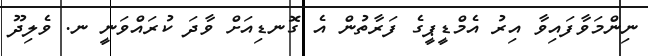
ނިންމަވާފައިވާ އިރު އެމްޑީޕީގެ ފަރާތުން އެ ގޮނޑިއަށް ވާދަ ކުރައްވަނީ ނ. ވެލިދޫ